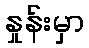
နှုန်းမှာ